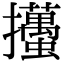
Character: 𢺉